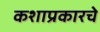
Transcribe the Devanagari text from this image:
कशाप्रकारचे